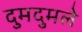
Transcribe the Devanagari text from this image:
दुमदुमले